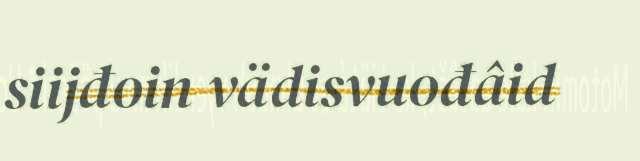
siijđoin vädisvuođâid